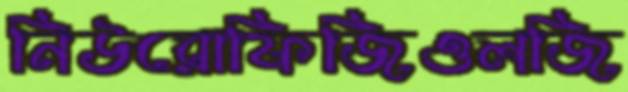
নিউরোফিজিওলজি